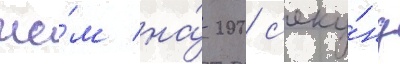
че́м на́ 200 с'еку́нд